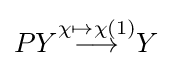
PY{\overset {\chi \mapsto \chi (1)}{\longrightarrow }}Y